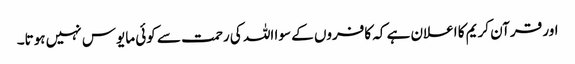
اور قرآن کریم کا اعلان ہے کہ کافروں کے سوا اللہ کی رحمت سے کوئی مایوس نہیں ہوتا۔